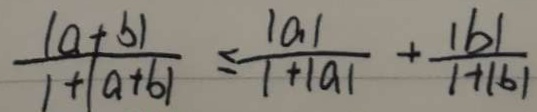
\frac { \vert a + b \vert } { 1 + \vert a + b \vert } \vert \leq \frac { \vert a \vert } { 1 + \vert a \vert } + \frac { \vert b \vert } { 1 + \vert b \vert }